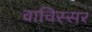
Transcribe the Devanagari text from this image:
वाचिस्सर